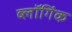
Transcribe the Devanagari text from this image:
ब्लॉगिंक